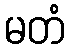
မတံ